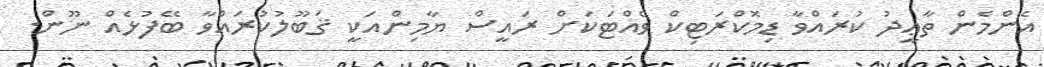
އެންމެން ތާޢީދު ކުރައްވާ ޑިމޮކްރަޓިކް ވެއްޓަކަށް ރައީސް ޔާމިންއަކީ ޤަބޫލުކުރައްވާ ބޭފުޅެއް ނޫން.